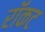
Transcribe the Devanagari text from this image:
रॉकट